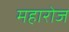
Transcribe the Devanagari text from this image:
महारोज